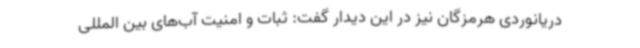
دریانوردی هرمزگان نیز در این دیدار گفت: ثبات و امنیت آب‌های بین المللی